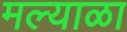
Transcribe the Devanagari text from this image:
मल्याळा